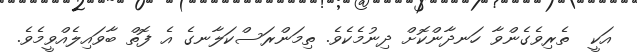
އަކީ  ތެރިވެގެންވާ ހަނދާންކޮށް ދިނުމެކެވެ. ތިމަންރަސްކަލާނގެ އެ ފޮތް ބާވައިލެއްވީމެވެ.